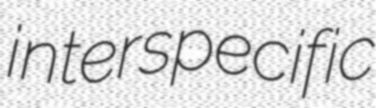
interspecific